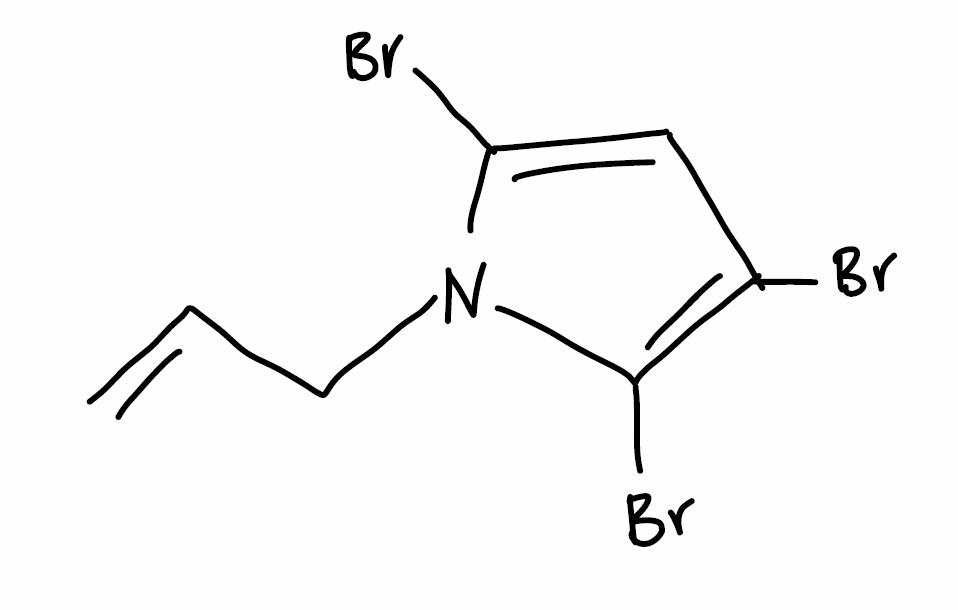
Simplified molecular-input line-entry system (SMILES) notation of the given molecule:
C=CCN1C(=CC(=C1Br)Br)Br